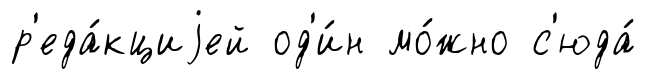
р'еда́кциjей од'и́н мо́жно с'юда́